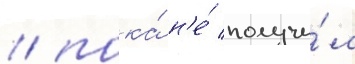
/ пока́ н'е́ получи́л